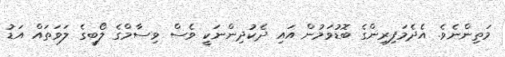
މަތިންނެވެ. އެދެމަފިރިންގެ ބޮޑުވަމުން އައި ދެކުދިންނަކީ ވެސް ވިސާމްގެ ލޯބީގެ ލަވަތައް އަޑު